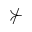
\nsucc